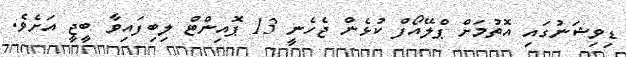
ޑިވިޝަނުގައި އޮތުމަށް ޕްލޭއޯފް ކުޅެން ޖެހެނީ 13 ޕޮއިންޓް ލިބިފައިވާ ބީޖީ އަށެވެ.